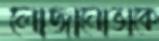
লোজানোভাকে